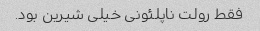
فقط رولت ناپلئونی خیلی شیرین بود.